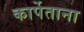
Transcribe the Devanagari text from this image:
कार्पेताना